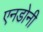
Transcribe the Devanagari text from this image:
एनडोनी